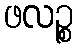
ဖလဉ္စ